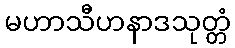
မဟာသီဟနာဒသုတ္တံ